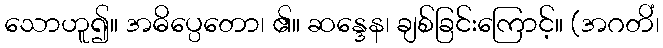
သောဟူ၍။ အဓိပ္ပေတော၊ ၏။ ဆန္ဒေန၊ ချစ်ခြင်းကြောင့်။ (အဂတိံ၊